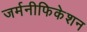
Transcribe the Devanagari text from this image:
जर्मनीफिकेशन